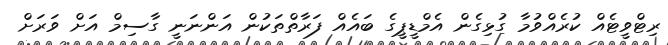
ރިޓްވީޓެއް ކުރެއްވުމާ ގުޅިގެން އެމްޑީޕީގެ ބައެއް ފަރާތްތަކުން އަންނަނީ ގާސިމް އަށް ވަރަށް